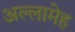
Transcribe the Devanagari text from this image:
अल्लामेह